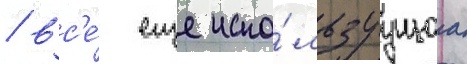
/ вс'е́ еще испо́льзуущаа